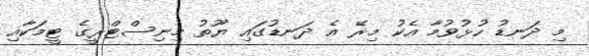
މި ދަނޑު ހުޅުވުމާ އެކު މިރޭ އެ ދަނޑުގައި ޔޫތު މިނިސްޓްރީގެ ޓީމަކާއި